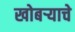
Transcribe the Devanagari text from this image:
खोबऱ्याचे